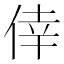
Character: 倖